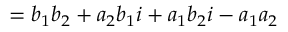
= b _ { 1 } b _ { 2 } + a _ { 2 } b _ { 1 } i + a _ { 1 } b _ { 2 } i - a _ { 1 } a _ { 2 }